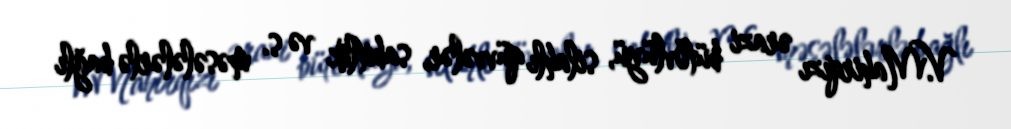
V.Mahirqızı ərazi bütövlüyü, silahlı qüvvələr, sabitlik və s. məsələlərlə bağlı